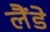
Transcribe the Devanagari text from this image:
लैंडे